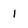
Character: 1